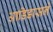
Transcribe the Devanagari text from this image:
आडिडासने